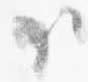
下